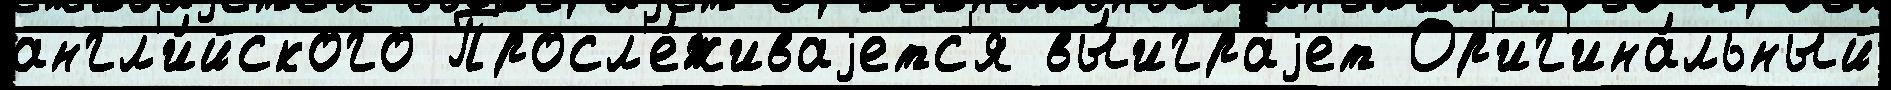
англ'и́йского Просл'е́живаjетс'я вы́играjет Ор'иг'ина́льный